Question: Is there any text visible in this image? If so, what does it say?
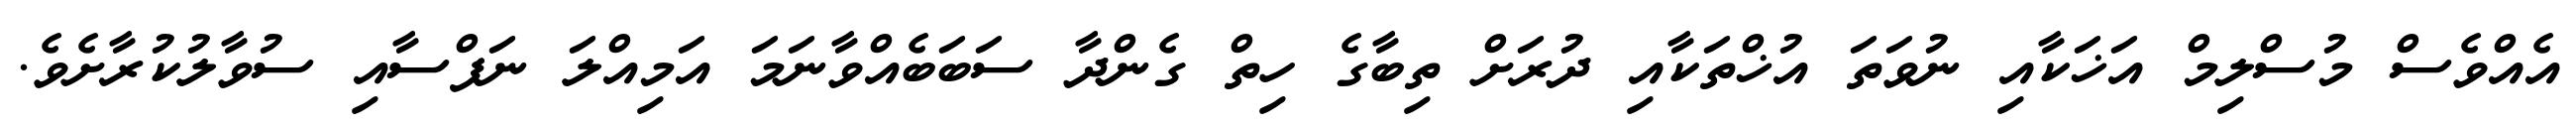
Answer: އެއްވެސް މުސްލިމް އަޚަކާއި ނުވަތަ އުޚްތަކާއި ދުރަށް ތިބާގެ ހިތް ގެންދާ ސަބަބެއްވާނަމަ އަމިއްލަ ނަފްސާއި ސުވާލުކުރާށެވެ.